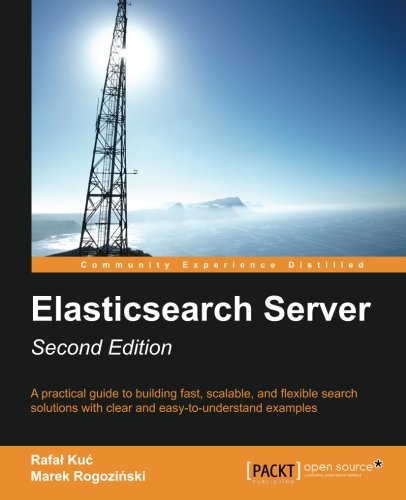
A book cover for ElasticSearch Server Second Edition; Rafal Kuc; Computers & Technology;